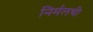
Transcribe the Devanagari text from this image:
निर्मलची